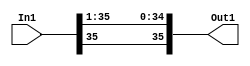
module velocityControlHdl_Convert_Data_Type1
          (
           In1,
           Out1
          );


  input   signed [35:0] In1;  // sfix36_En24
  output  signed [35:0] Out1;  // sfix36_En23


  wire signed [35:0] Data_Type_Conversion_out1;  // sfix36_En23


  // <S10>/Data Type Conversion
  assign Data_Type_Conversion_out1 = {In1[35], In1[35:1]};



  assign Out1 = Data_Type_Conversion_out1;

endmodule